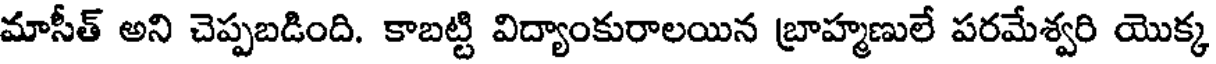
మాసీత్ అని చెప్పబడింది. కాబట్టి విద్యాంకురాలయిన బ్రాహ్మణులే పరమేశ్వరి యొక్క